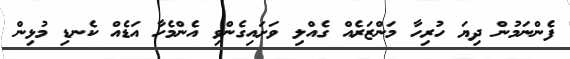
ފެންނަމުން ދިޔަ ހުރިހާ މަންޒަރެއް ގެއްލި ވަށައިގެންވި އެންމެހާ އަޑެއް ކެނޑި މުޅިން